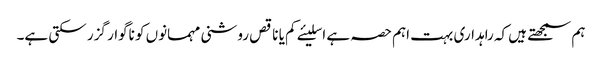
ہم سمجھتے ہیں کہ راہداری بہت اہم حصہ ہے اسلیئے کم یا ناقص روشنی مہمانوں کو ناگوار گزر سکتی ہے۔